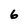
Character: 6